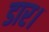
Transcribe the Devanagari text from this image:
डार।